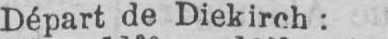
Départ de Diekirch: